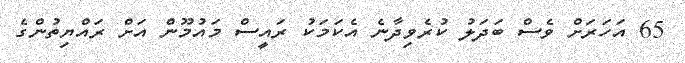
65 އަހަރަށް ވެސް ބަދަލު ކުރެވިދާނެ އެކަމަކު ރައީސް މައުމޫން އަށް ރައްޔިތުންގެ